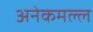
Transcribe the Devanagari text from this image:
अनेकमल्ल